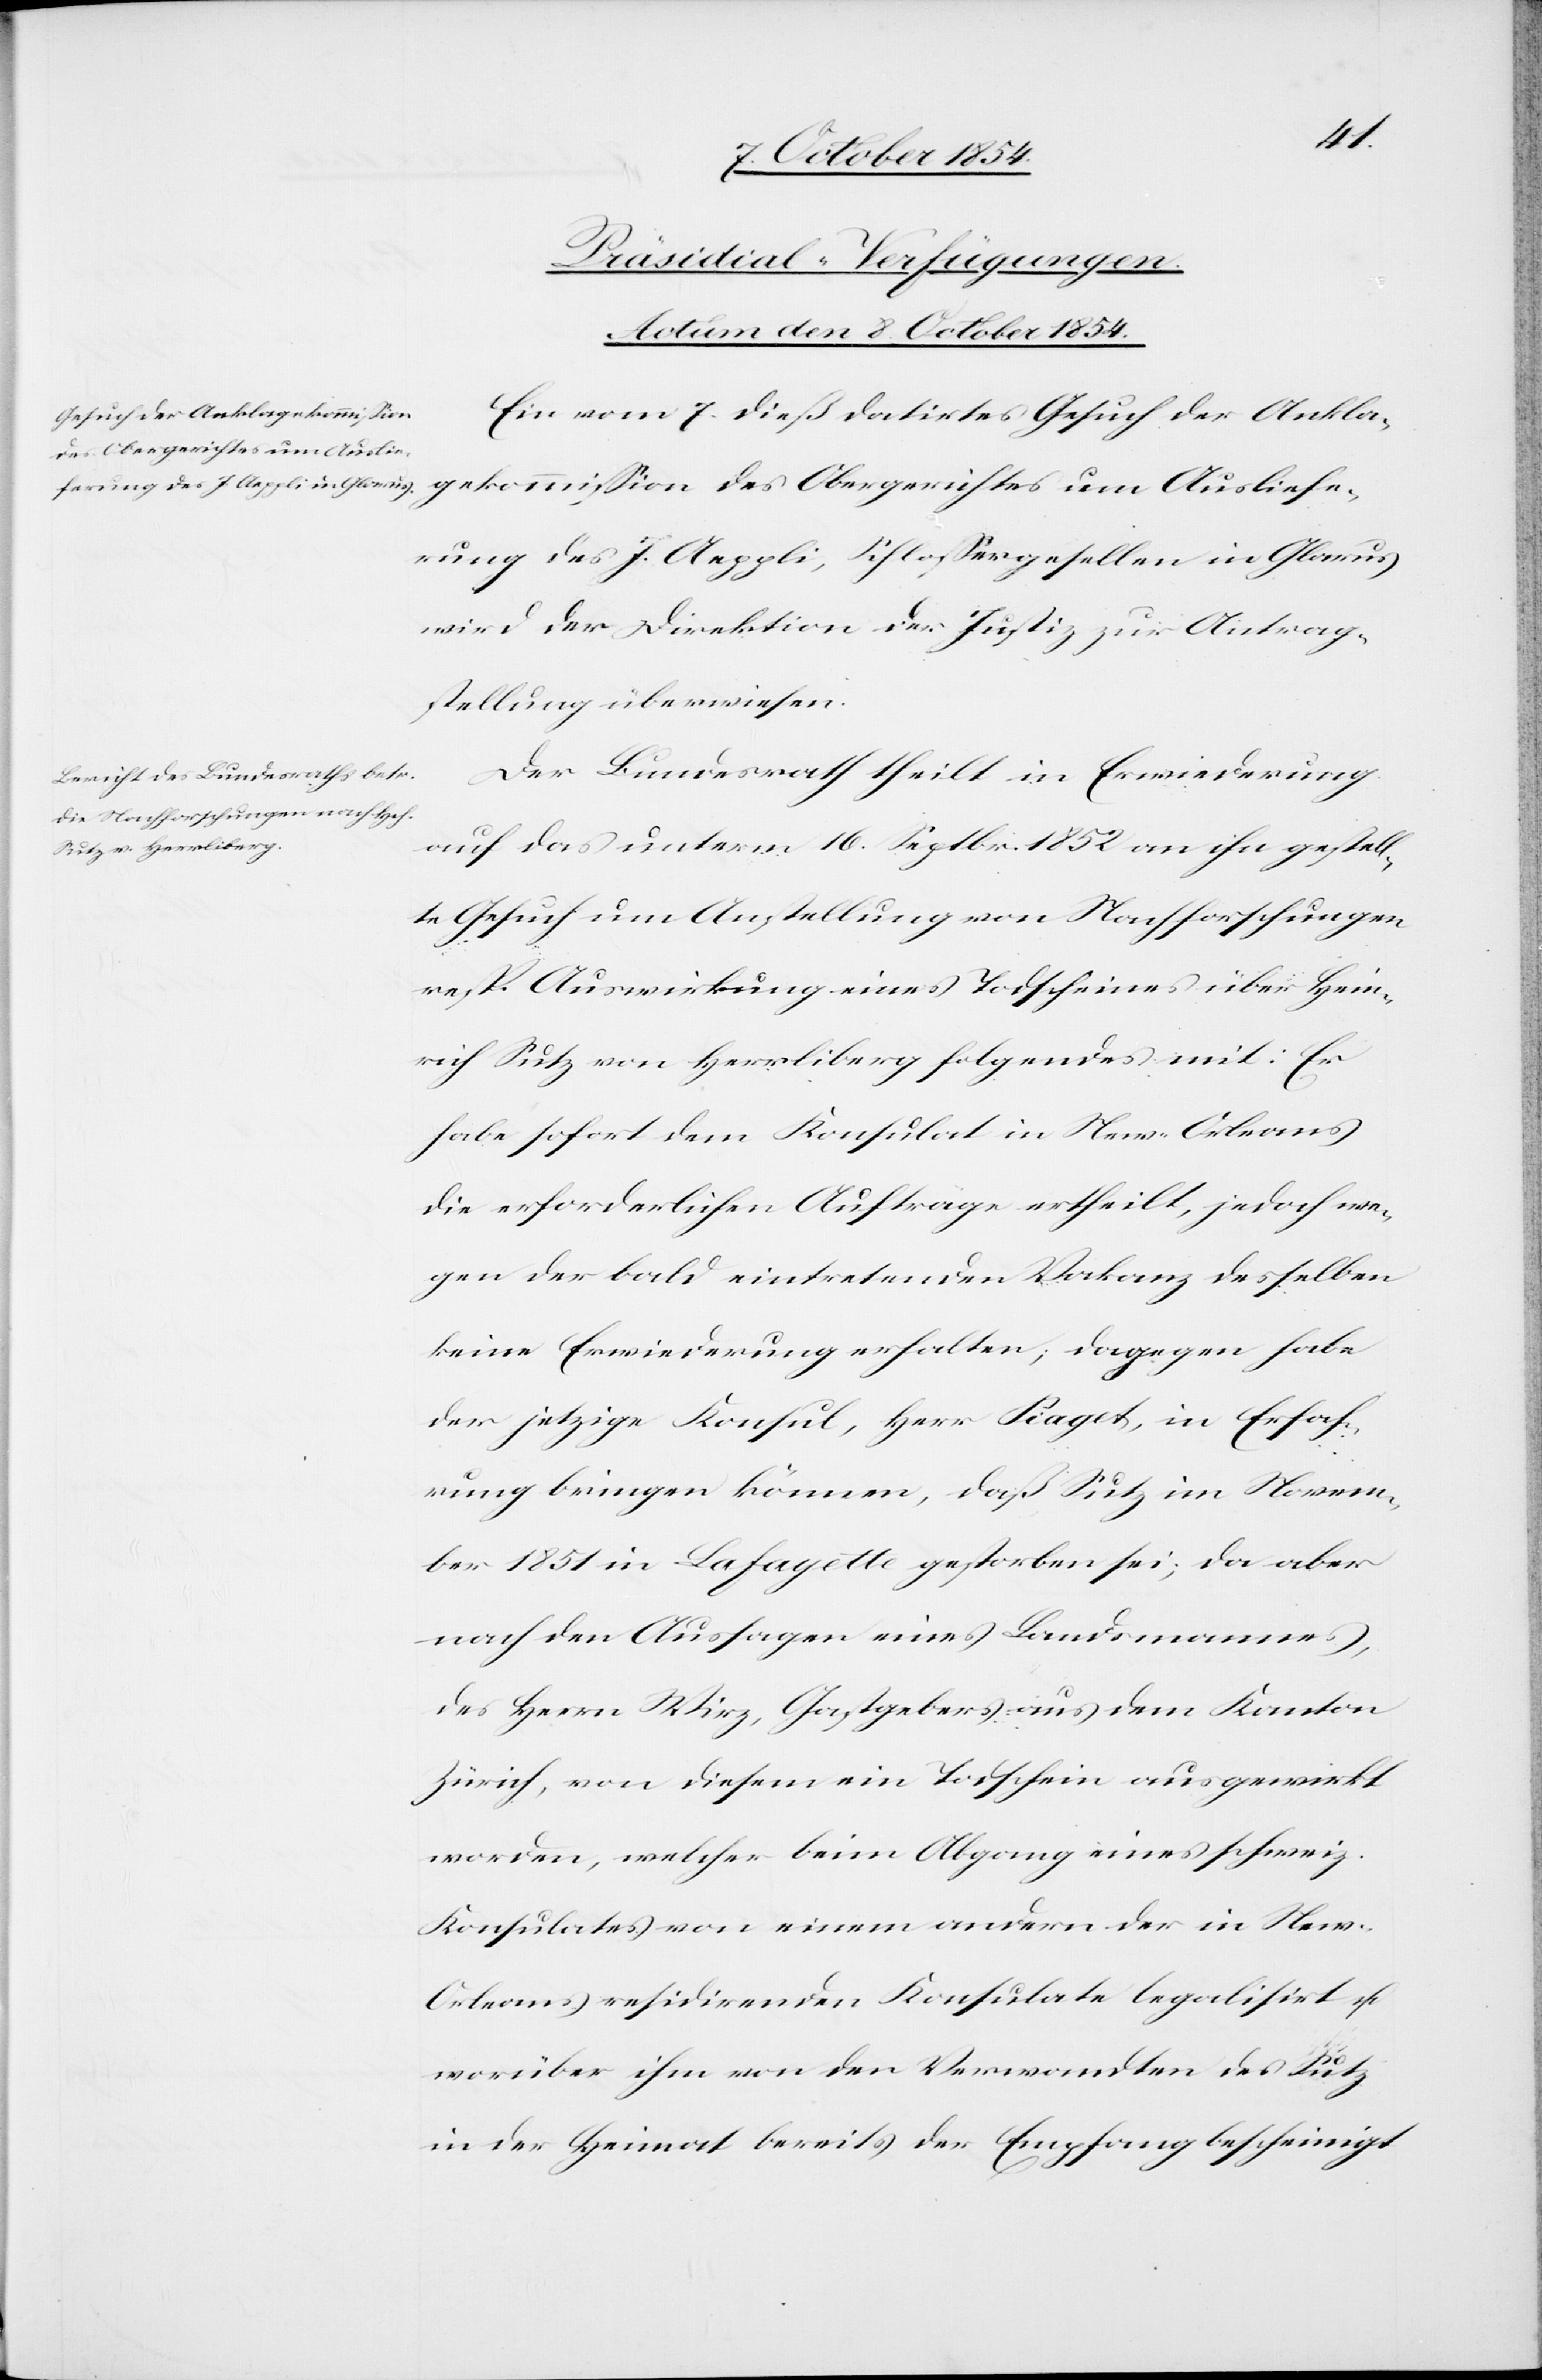
[Präsidial-Verfügungen.
Actum, den 8. October 1854.]
Ein vom 7. dieß datirtes Gesuch der Ankla¬
gekommißion des Obergerichtes um Ausliefe¬
rung des J. Aeppli, Schloßergesellen in Glarus
wird der Direktion der Justiz zur Antrag¬
stellung überwiesen.
Der Bundesrath theilt in Erwiederung
auf das unterm 16. Septbr. 1852 an ihn gestell¬
te Gesuch um Anstellung von Nachforschungen
resp. Auswirkung eines Todscheines über Hein¬
rich Sutz von Herrliberg folgendes mit: Er
habe sofort dem Konsulat in New-Orleans
die erforderlichen Aufträge ertheilt, jedoch we¬
gen der bald eintretenden Vakanz desselben
keine Erwiederung erhalten, dagegen habe
der jetzige Konsul, Herr Piaget, in Erfah¬
rung bringen können, daß Sutz im Novem¬
ber 1851 in Lafayette gestorben sei; da aber
nach den Aussagen eines Landsmannes,
des Herrn Sutz, Gastgebers aus dem Kanton
Zürich, von diesem ein Todschein ausgewirkt
worden, welcher beim Abgang eines schweiz.
Konsulates von einem andern der in New-O¬
rleans residirenden Konsulate legalisirt u.
worüber ihm von den Verwandten des Sutz
in der Heimat bereits der Empfang bescheinigt